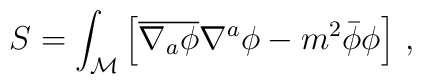
S = \int_{\mathcal M} \left[\overline{\nabla_a \phi} \nabla^a\phi - m^2\bar\phi\phi \right] \, ,